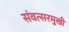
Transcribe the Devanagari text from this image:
संवत्सरमुखी